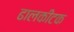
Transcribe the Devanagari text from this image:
ढालकीटक